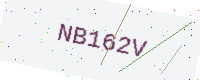
Text: NB162V